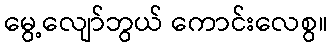
မွေ့လျော်ဘွယ် ကောင်းလေစွ။